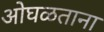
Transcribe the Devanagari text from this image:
ओघळताना